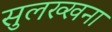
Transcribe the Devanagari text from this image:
सुलख्खना